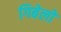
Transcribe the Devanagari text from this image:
गिबेलो